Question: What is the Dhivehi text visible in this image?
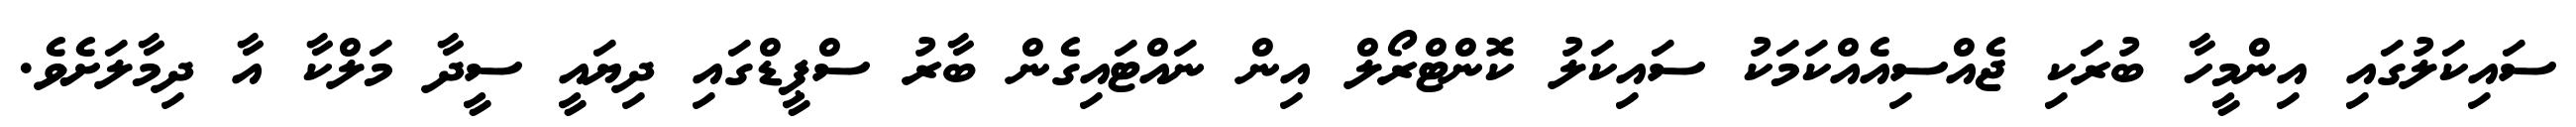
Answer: ސައިކަލުގައި އިންމީހާ ބުރަކި ޖެއްސިއެއްކަމަކު ސައިކަލު ކޮންޓްރޯލް އިން ނައްޓައިގެން ބާރު ސްޕީޑްގައި ދިޔައީ ސީދާ މަލްކާ އާ ދިމާލަށެވެ.